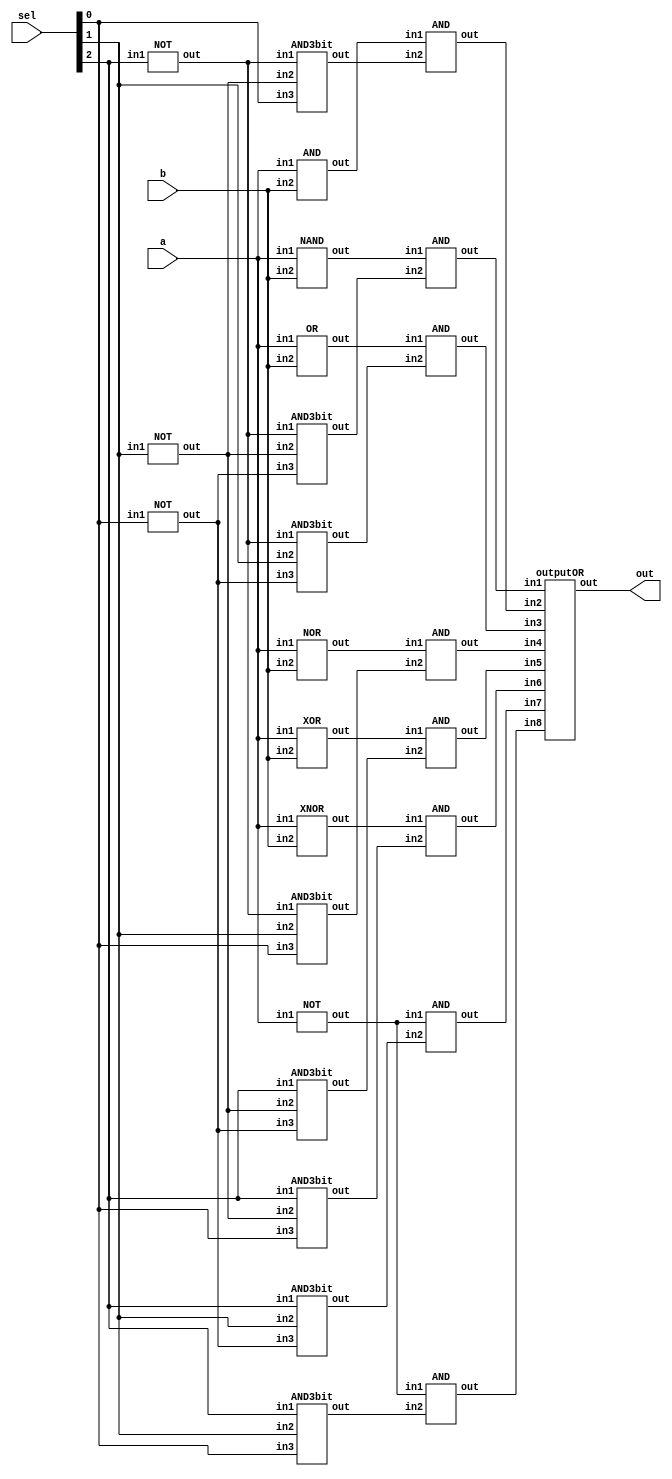
`timescale 1ns/1ps

module NAND_Implement (a, b, sel, out);
input a, b;
input [2:0] sel;
output out;

wire [2:0] notsel;
wire out0, out1, out2, out3, out4, out5, out6, out7;
wire nandAB, andAB, orAB, norAB, xorAB, xnorAB, notA;
wire s0, s1, s2, s3, s4, s5, s6, s7;

NOT Notsel2(notsel[2], sel[2]);
NOT Notsel1(notsel[1], sel[1]);
NOT Notsel0(notsel[0], sel[0]);

NAND nandab(nandAB, a, b);
AND andab(andAB, a, b);
OR orab(orAB, a, b);
NOR norab(norAB, a, b);
XOR xorab(xorAB, a, b);
XNOR xnorab(xnorAB, a, b);
NOT nota(notA, a);

AND3bit a0(s0,notsel[2], notsel[1], notsel[0]);
AND3bit a1(s1,notsel[2], notsel[1], sel[0]);
AND3bit a2(s2,notsel[2], sel[1],    notsel[0]);
AND3bit a3(s3,notsel[2], sel[1],    sel[0]);
AND3bit a4(s4,sel[2],    notsel[1], notsel[0]);
AND3bit a5(s5,sel[2],    notsel[1], sel[0]);
AND3bit a6(s6,sel[2],    sel[1],    notsel[0]);
AND3bit a7(s7,sel[2],    sel[1],    sel[0]);

AND o0(out0, nandAB, s0);
AND o1(out1, andAB,  s1);
AND o2(out2, orAB,   s2);
AND o3(out3, norAB,  s3);
AND o4(out4, xorAB,  s4);
AND o5(out5, xnorAB, s5);
AND o6(out6, notA,   s6);
AND o7(out7, notA,   s7);

outputOR outOr(out, out0, out1, out2, out3, out4, out5, out6, out7);
endmodule

module AND3bit(out, in1, in2, in3);
input in1, in2, in3;
output out;
wire and12;
AND a1(and12, in1, in2);
AND a2(out, and12, in3);
endmodule

module outputOR(out, in1, in2, in3, in4, in5, in6, in7, in8);
input in1, in2, in3, in4, in5, in6, in7, in8;
output out;
wire or12, or34, or56, or78, or1278,or3456;
OR o1(or12, in1, in2);
OR o2(or34, in3, in4);
OR o3(or56, in5, in6);
OR o4(or78, in7, in8);
OR o6(or1278, or78, or12);
OR o5(or3456, or34, or56);
OR of(out, or1278, or3456);
endmodule

module NAND(out, in1, in2);
input in1, in2;
output out;
nand nand1(out, in1, in2);
endmodule

module AND(out, in1, in2);
input in1, in2;
output out;
wire nandAB;
nand nand1(nandAB, in1, in2);
nand nand2(out, nandAB, nandAB);
endmodule

module OR(out, in1, in2);
input in1, in2;
output out;
wire A,B;
nand nand1(A, in1, in1);
nand nand2(B, in2, in2);
nand orAB(out, A, B);
endmodule

module XNOR(out, in1, in2);
input in1, in2;
output  out;
wire AB;

XOR xor1(AB, in1, in2);
NOT not1(out, AB);
endmodule

module NOR(out, in1, in2);
input in1, in2;
output out;
wire A, B, AB;
nand nand1(A, in1, in1);
nand nand2(B, in2, in2);
nand nandAB(AB, A, B);
nand norAB(out, AB, AB);
endmodule

module XOR(out, in1, in2);
input in1, in2;
output out;
wire AB, ABA, ABB;

nand ab(AB, in1, in2);
OR o1(ABA, in1, in2);
AND a1(out, AB, ABA);

endmodule

module NOT(out, in1);
input in1;
output out;
nand notA(out, in1, in1);
endmodule